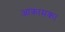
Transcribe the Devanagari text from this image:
आक्रामक।